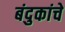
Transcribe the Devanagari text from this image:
बंदुकांचे